Medical and sanitary report of the native army of Madras for the year
Year: 1876
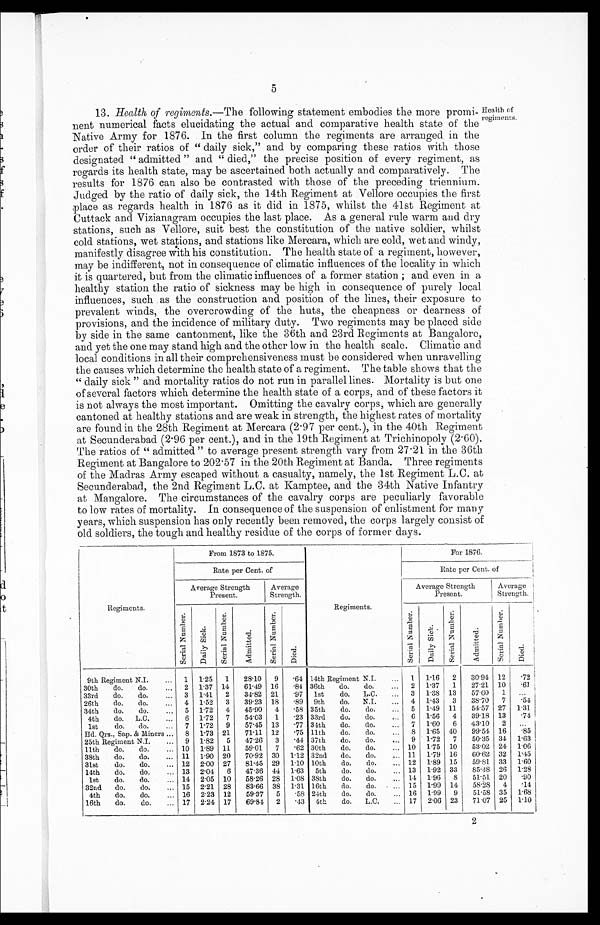
5
13. Health of regiments.—The following statement embodies the more promi-
nent numerical facts elucidating the actual and comparative health state of the
Native Army for 1876. In the first column the regiments are arranged. in the
order of their ratios of "daily sick," and by comparing these ratios with those
designated "admitted" and "died," the precise position of every regiment, as
regards its health state, may be ascertained both actually and comparatively. The
results for 1876 can also be contrasted with those of the preceding triennium.
Judged by the ratio of daily sick, the 14th Regiment at Vellore occupies the first
place as regards health in 1876 as it did in 1875, whilst the 41st Regiment at
Cuttack and Vizianagram occupies the last place. As a general rule warm and dry
stations, such as Vellore, suit best the constitution of the native soldier, whilst
cold stations, wet stations, and stations like Mercara, which are cold, wet and windy,
manifestly disagree with his constitution. The health state of a regiment, however,
may be indifferent, not in consequence of climatic influences of the locality in which
it is quartered, but from the climatic influences of a former station; and even in a
healthy station the ratio of sickness may be high in consequence of purely local
influences, such as the construction and position of the lines, their exposure to
prevalent winds, the overcrowding of the huts, the cheapness or dearness of
provisions, and the incidence of military duty. Two regiments may be placed side
by side in the same cantonment, like the 36th and 23rd Regiments at Bangalore,
and yet the one may stand high and the other low in the health scale. Climatic and
local conditions in all their comprehensiveness must be considered when unravelling
the causes which determine the health state of a regiment. The table shows that the
"daily sick" and mortality ratios do not run in parallel lines. Mortality is but one
of several factors which determine the health state of a corps, and of these factors it
is not always the most important. Omitting the cavalry corps, which are generally
cantoned at healthy stations and are weak in strength, the highest rates of mortality
are found in the 28th Regiment at Mercara (2.97 per cent.), in the 40th Regiment
at Secunderabad (2.96 per cent.), and in the 19th Regiment at Trichinopoly (2.60).
The ratios of "admitted" to average present strength vary from 27.21 in the 36th
Regiment at Bangalore to 202.57 in the 20th Regiment at Banda. Three regiments
of the Madras Army escaped without a casualty, namely, the 1st Regiment L.C. at
Secunderabad, the 2nd Regiment L.C. at Kamptee, and the 34th Native Infantry
at Mangalore. The circumstances of the cavalry corps are peculiarly favorable
to low rates of mortality. In consequence of the suspension of enlistment for many
years, which suspension has only recently been removed, the corps largely consist of
old soldiers, the tough and healthy residue of the corps of former days.
Health of
regiments.
Regiments.
From 1873 to 1875.
Regiments.
For 1876.
Rate per Cent. of
Rate per Cent. of
Average Strength
Present.
Average
Strength.
Average Strength
Present.
Average
Strength.
S e r i a l N u m b e r .
D a i l y S i c k .
S e r i a l N u m b e r .
A d m i t t e d .
S e r i a l N u m b e r .
D i e d .
S e r i a l N u m b e r .
D a i l y S i c k .
S e r i a l N u m b e r .
A d m i t t e d .
S e r i a l N u m b e r .
D i e d .
9th Regiment N.I.
1 1.25 1
28.10 9 .64 14th Regiment N.I.
1 1.16 2
30.91 12
.72
30th do do
2 1.37 14
61.49 16 .84 36th do. do.
2 1.37 1
27.21 10
.61
33rd do.
do.
3 1.41 2
31.82 21
.97 1st do. L.C.
3 1.38 13
57.60 1 ...
26th do.
do.
4 1.52 3
39.23 18 .89 9th do. N.I.
4 1.43 3
38.70 7 .54
34th do.
do.
5 1.72 4
45.90 4 .58 35th do.
do.
5 1.49 11
54.57 27 1.31
4th do. L.C.
6 1.72 7
54.03 1
.23 33rd do.
do.
6 1.56 4
39.18 13
.74
1st do. do.
7 1.72 9
57.45 13
.77 34th do. do.
7 1.60 6
43.10 2 ...
Rd. Qrs., Sap. & Miners
8 1.73 21
71.11 12 .75 11th do.
do.
8 1.65 40
99.54 16 .85
25th Regiment N.I.
... 9 1.82 5
47.26 3 .44 37th do.
do.
9 1'72 7
50.35 34 1.63
11th do do.
10 1.89 11
59.01 7 .62 30th do.
do.
10 1.75 10
53.02 24 1.06
38th do. do.
11 1.90 20
70.92 30 1.12 32nd do.
do.
11 1.79 16
60.62 32 1.45
31st do. do.
12 2.00 27
81.45 29 1.10 10th do.
do.
12 1.89 15
59.81 33 1.60
14th do. do.
13 2.04 6
47.36 44 1.63 5th do. do.
13 1.92 33
85.48 26 1.28
1st do. do.
14 2.05 10
58.26 28 1.08 38th do. do.
14 1.96 8
51.51 20 .90
32nd do.
do.
15 2.21 28
83.66 38 1.31 16th do.
do.
15 1.99 14
58.28 4 .14
4th do. do.
16 2.23 12
59.37 5 .58 24th do. do.
16 1.99 9
51.58 35 1.68
16th do. do.
17 2.24 17
69.84 2 .43 4th do. L.C.
17
2 . 0 6
23
71.07 25 1.10
2